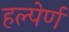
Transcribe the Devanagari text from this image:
हल्पेर्ण